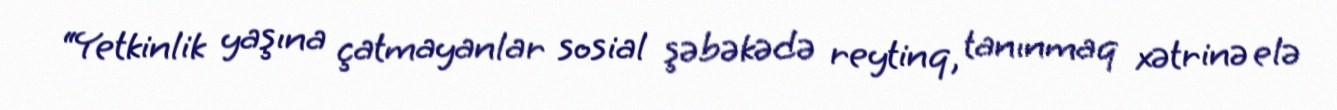
“Yetkinlik yaşına çatmayanlar sosial şəbəkədə reytinq, tanınmaq xətrinə elə